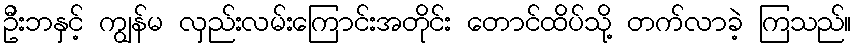
ဦးဘနှင့် ကျွန်မ လှည်းလမ်းကြောင်းအတိုင်း တောင်ထိပ်သို့ တက်လာခဲ့ ကြသည်။